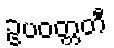
ဥပဝတ္တတီ